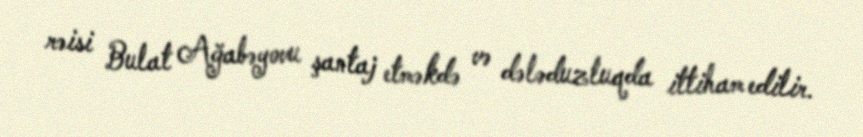
rəisi Bulat Ağabəyovu şantaj etməkdə və dələduzluqda ittiham edilir.